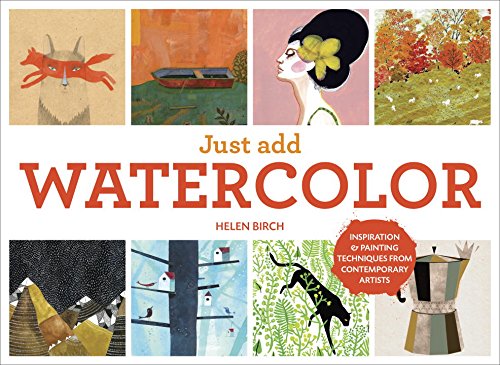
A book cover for Just Add Watercolor: Inspiration and Painting Techniques from Contemporary Artists; Helen Birch; Arts & Photography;